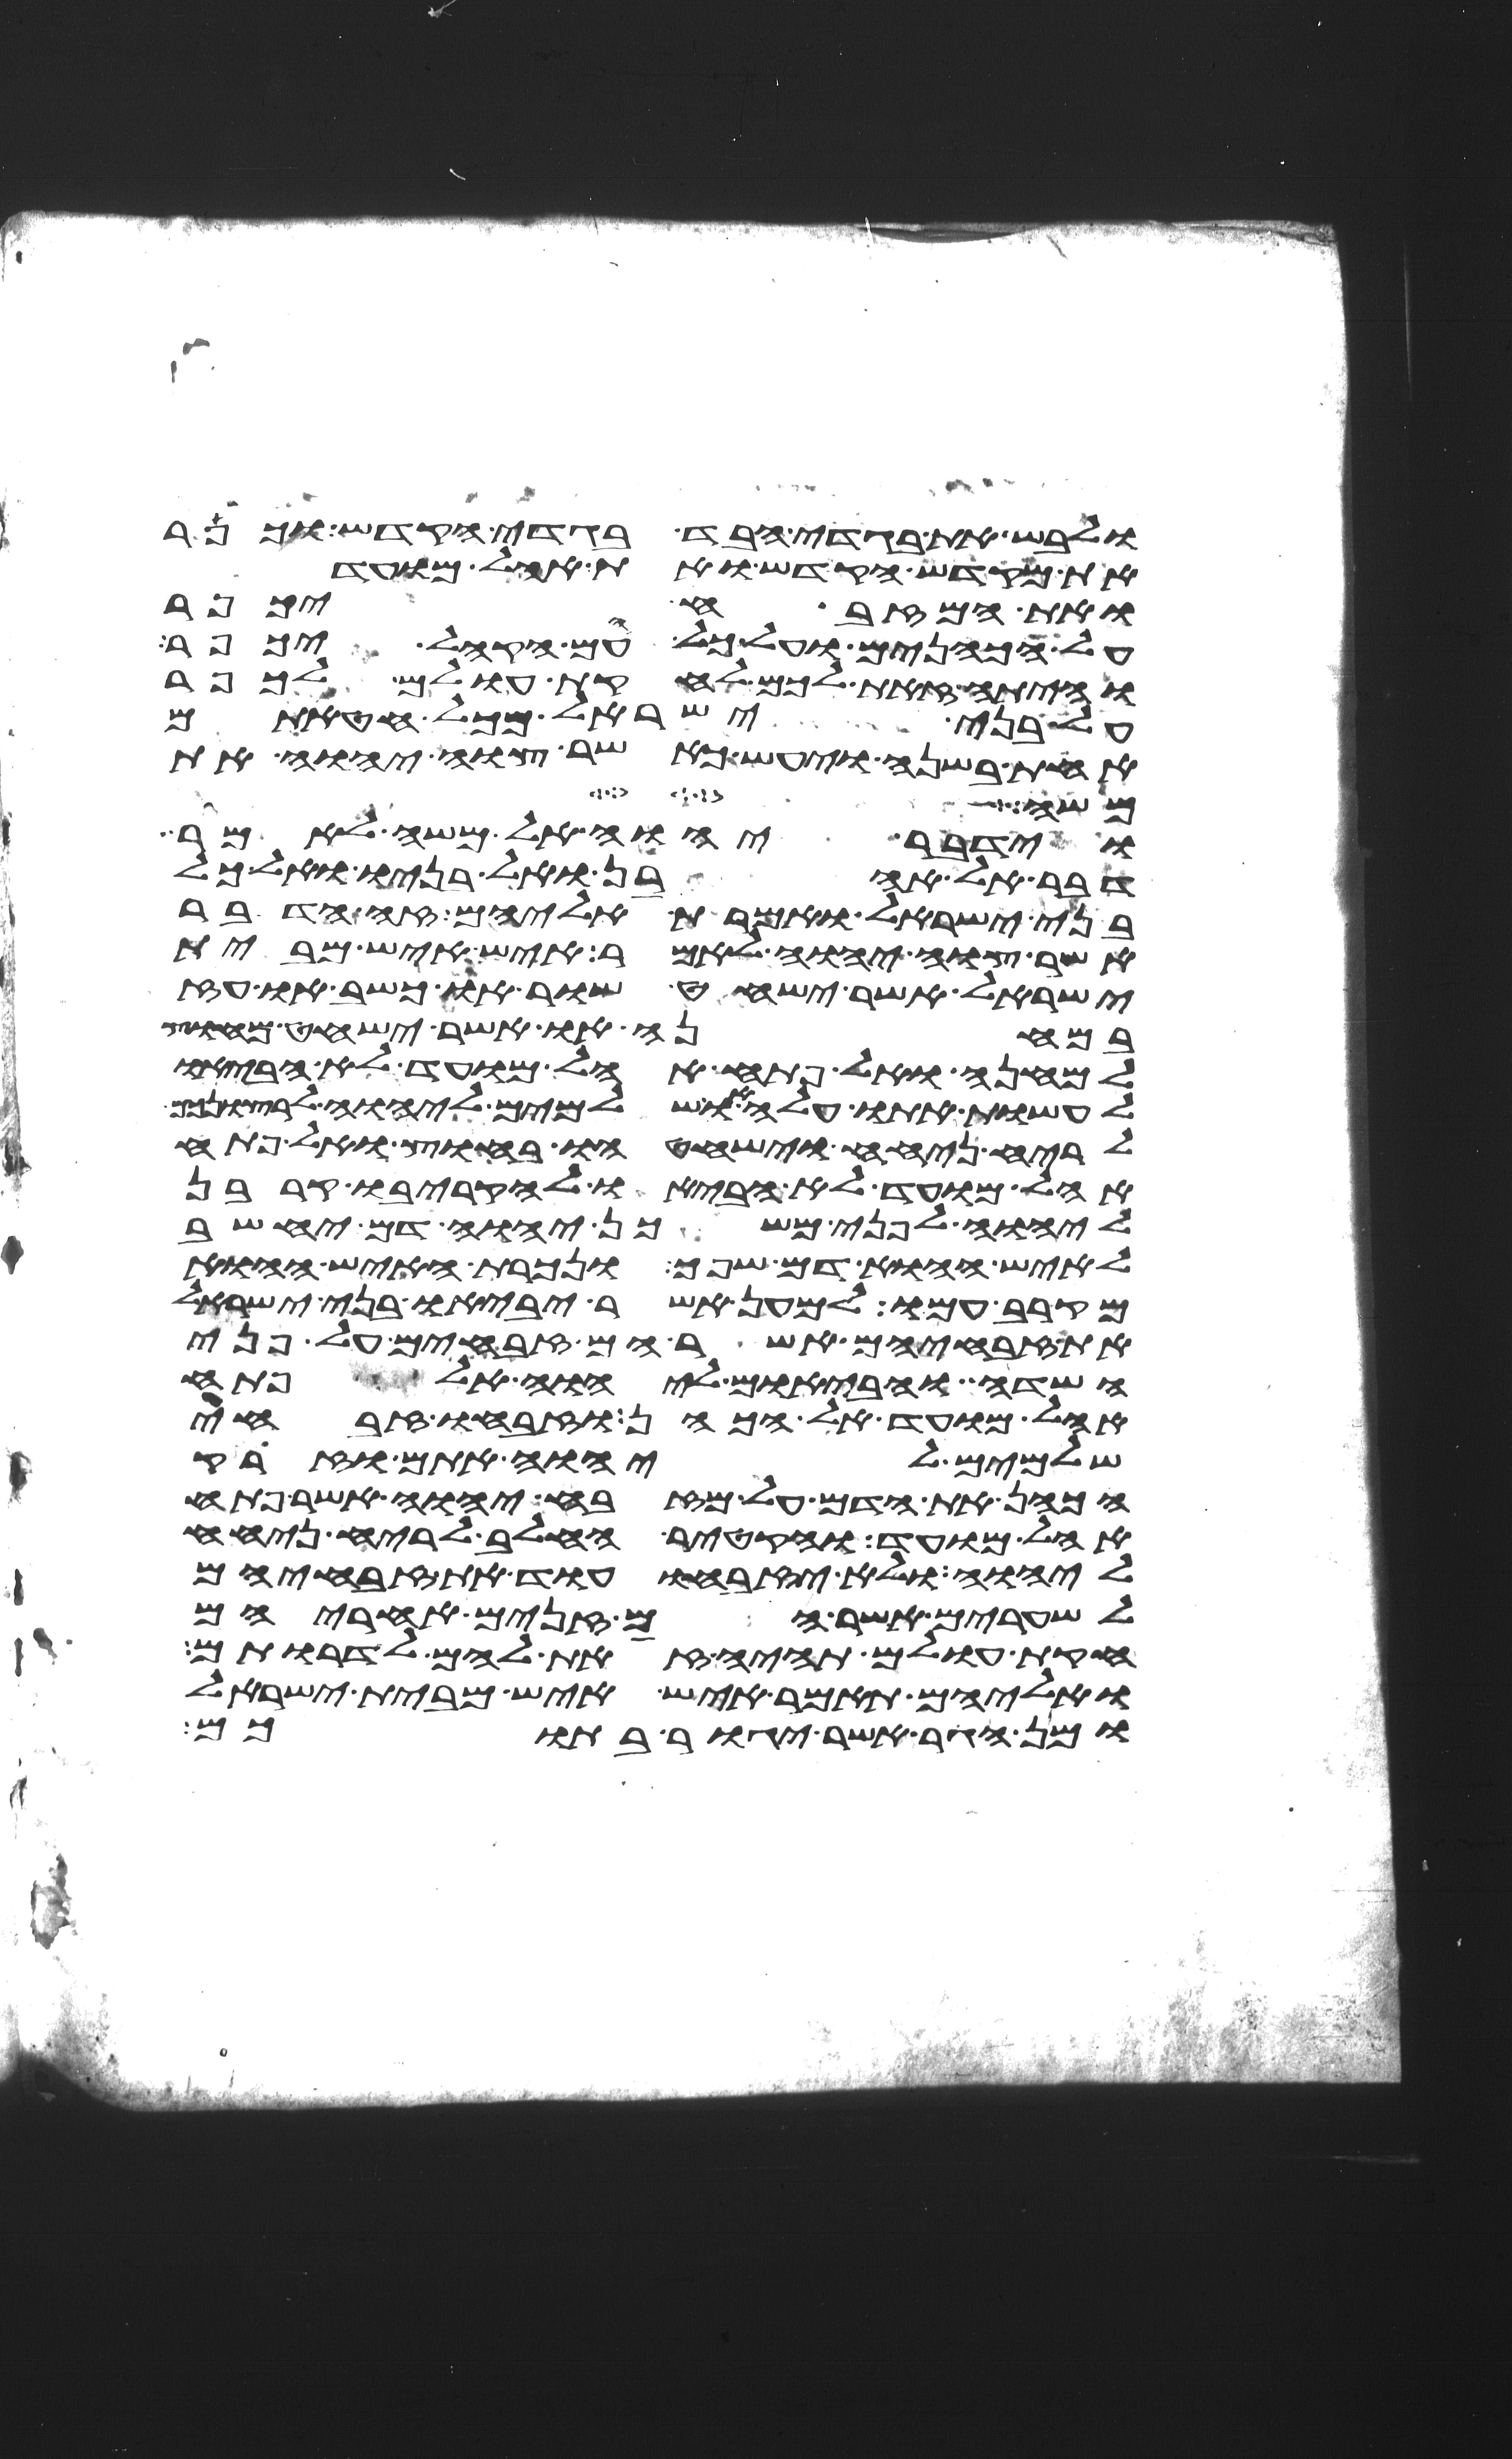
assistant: ולבש את בגדי הבד בגדי הקדש וכפר
את מקדש הקדש ואת אהל מועד
ואת המזבח יכפר
על הכהנים ועל כל עם הקהל יכפר
והיתה זאת לכם לחקות עולם לכפר
על בני ישראל מכל חטאתם
אחת בשנה ויעש כאשר צוה יהוה את
משה
וידבר יהוה אל משה לאמר
דבר אל אהרן ואל בניו ואל כל
בני ישראל ואמרת אליהם זה הדבר
אשר צוה יהוה לאמר איש איש מבית
ישראל אשר ישחט שור או כשב או עז
במחנה או אשר ישחט מחוץ
למחנה ואל פתח אהל מועד לא הביאו
לעשות אתו עלה או שלמים ליהוה לרצונכם
לריח ניחח וישחטהו בחוץ ואל פתח
אהל מועד לא הביאו להקריבו קרבן
ליהוה לפני משכן יהוה דם יחשב
לאיש ההוא דם שפך ונכרת האיש ההוא
מקרב עמיו למען אשר יביאו בני ישראל
את זבחיהם אשר הם זבחים על פני
השדה והבאום ליהוה אל פתח
אהל מועד אל הכהן וזבחו זבחי
שלמים ליהוה אתם וזרק
הכהן את הדם על מזבח יהוה אשר פתח
אהל מועד והקטיר החלב לריח ניחח
ליהוה ולא יזבחו עוד את זבחיהם
לשערים אשר הם זנים אחריהם
חקות עולם תהיה זאת להם לדרותם
ואליהם תאמר איש איש מבית ישראל
ומן הגר אשר יגור בתוכם